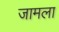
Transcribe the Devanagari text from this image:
जामला